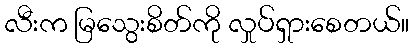
လီးက မြသွေးစိတ်ကို လှုပ်ရှားစေတယ်။